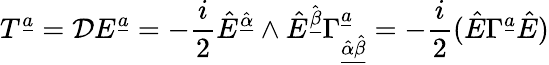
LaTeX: T^{{\underline{{a}}}}={\cal D}E^{{\underline{{a}}}}=-{\frac{i}{2}}\hat{E}^{\hat{\underline{{\alpha}}}}\wedge\hat{E}^{\hat{\underline{{\beta}}}}\Gamma_{{\underline{{{\hat{\alpha}\hat{\beta}}}}}}^{{\underline{{a}}}}=-{\frac{i}{2}}(\hat{E}\Gamma^{{\underline{{a}}}}\hat{E})